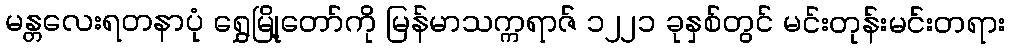
မန္တလေးရတနာပုံ ရွှေမြို့တော်ကို မြန်မာသက္ကရာဇ် ၁၂၂၁ ခုနှစ်တွင် မင်းတုန်းမင်းတရား